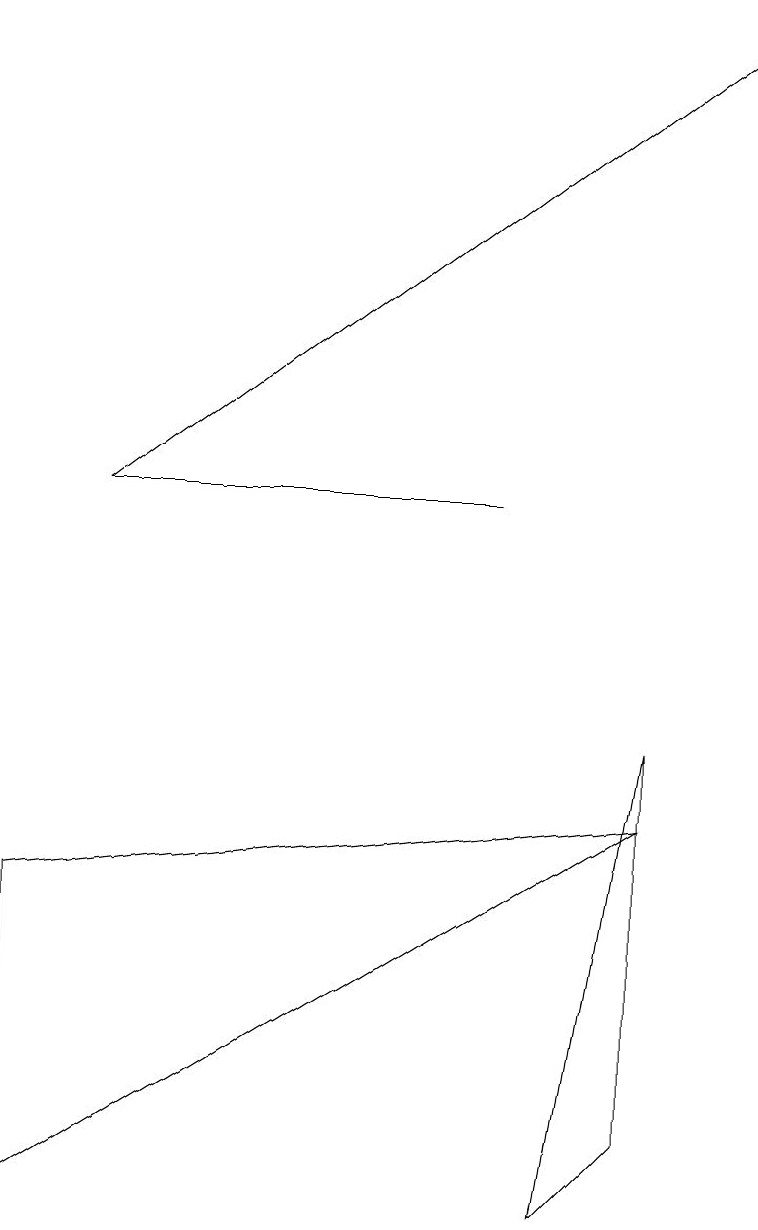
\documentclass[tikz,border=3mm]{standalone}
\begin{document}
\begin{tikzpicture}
\draw (8,7) -- (7,1) -- (8,2) -- cycle;
\draw (0,5) -- (8,6) -- (0,1) -- cycle;
\draw[->] (1,10) -- (9,16);
\draw (6,10) rectangle (1,10);
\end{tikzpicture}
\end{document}